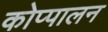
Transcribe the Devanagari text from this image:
कोप्पालन